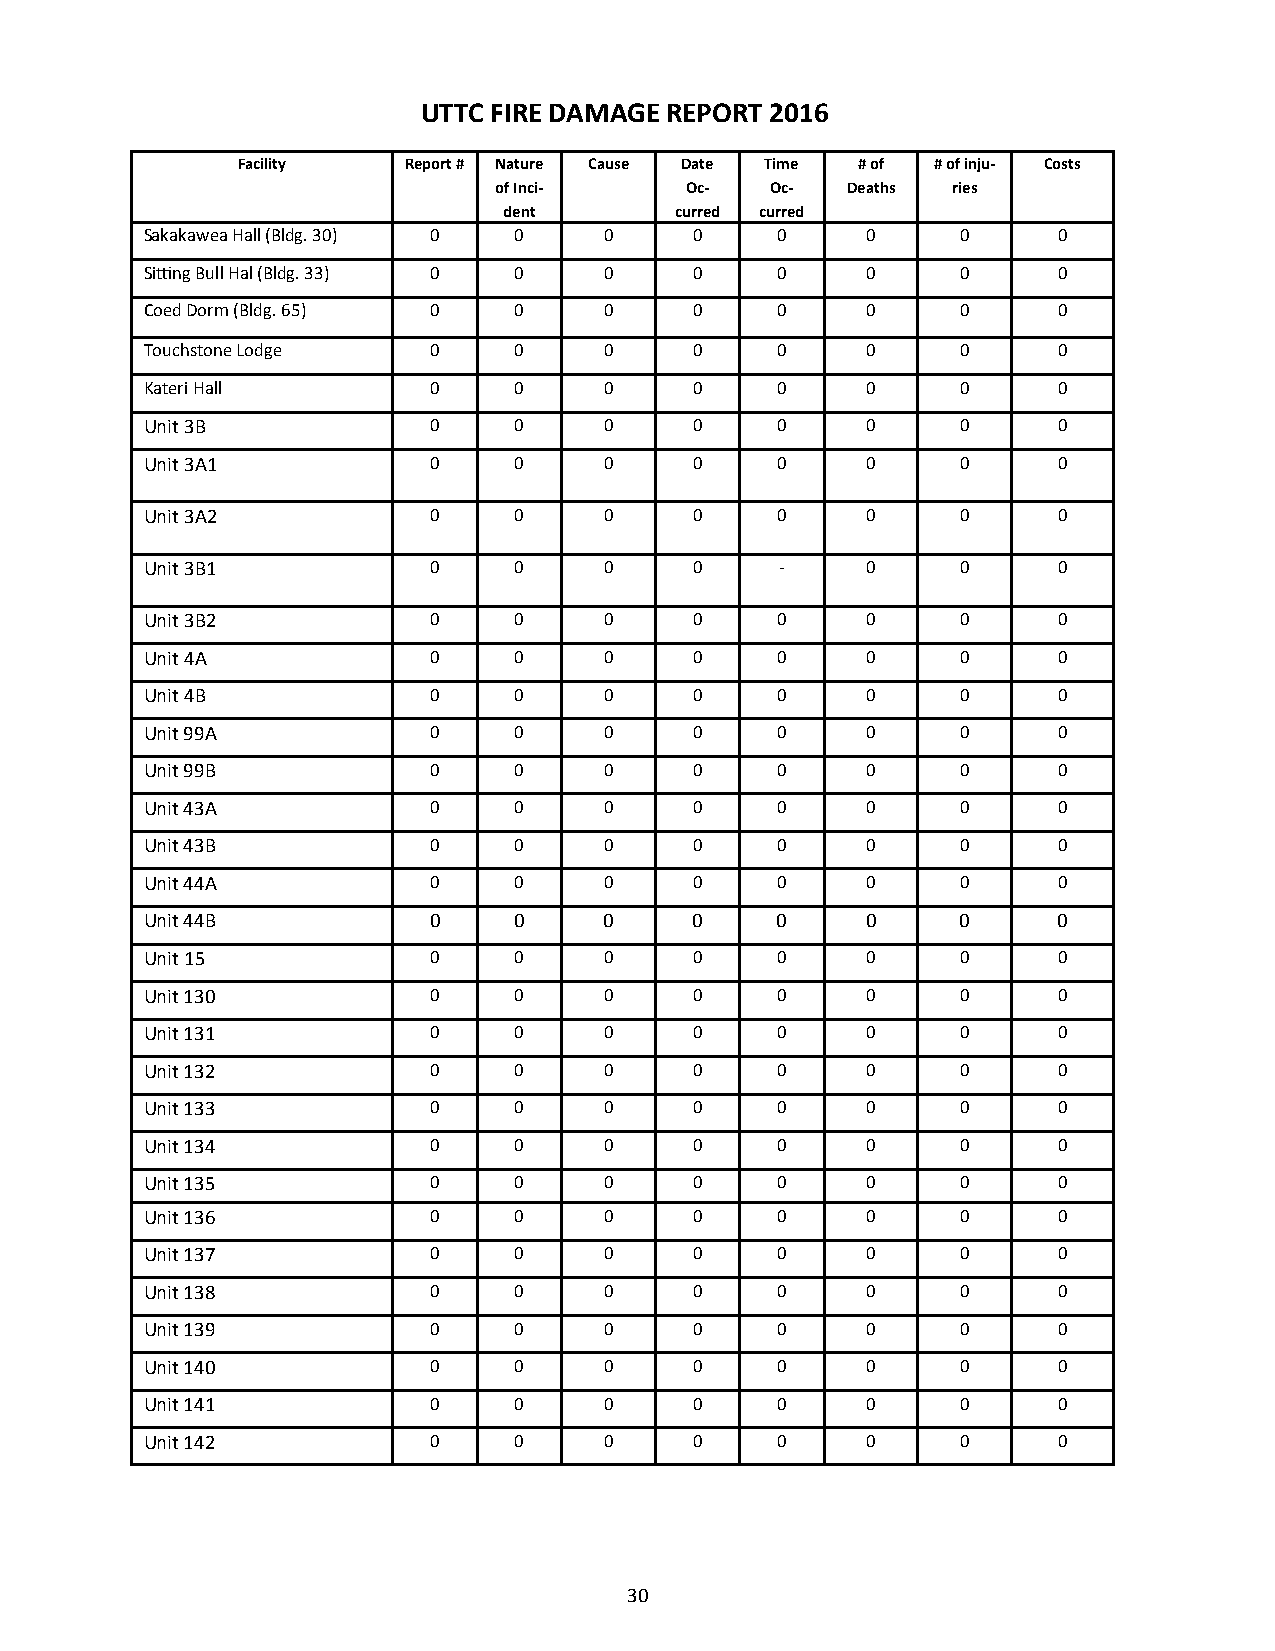
UTTC FIRE DAMAGE REPORT 2016
 Facility   Report # Nature Cause Date Time # of # of inju- Costs
 of Inci-    Oc-   Oc-  Deaths ries
 dent        curred curred
 Sakakawea Hall (Bldg. 30) 0 0 0     0    0     0      0     0
 Sitting Bull Hal (Bldg. 33) 0 0 0   0    0     0      0     0
 Coed Dorm (Bldg. 65) 0  0     0     0    0     0      0     0
 Touchstone Lodge  0     0     0     0    0     0      0     0
 Kateri Hall       0     0     0     0    0     0      0     0
 Unit 3B           0     0     0     0    0     0      0     0
 Unit 3A1          0     0     0     0    0     0      0     0
 Unit 3A2          0     0     0     0    0     0      0     0
 Unit 3B1          0     0     0     0     -    0      0     0
 Unit 3B2          0     0     0     0    0     0      0     0
 Unit 4A           0     0     0     0    0     0      0     0
 Unit 4B           0     0     0     0    0     0      0     0
 Unit 99A          0     0     0     0    0     0      0     0
 Unit 99B          0     0     0     0    0     0      0     0
 Unit 43A          0     0     0     0    0     0      0     0
 Unit 43B          0     0     0     0    0     0      0     0
 Unit 44A          0     0     0     0    0     0      0     0
 Unit 44B          0     0     0     0    0     0      0     0
 Unit 15           0     0     0     0    0     0      0     0
 Unit 130          0     0     0     0    0     0      0     0
 Unit 131          0     0     0     0    0     0      0     0
 Unit 132          0     0     0     0    0     0      0     0
 Unit 133          0     0     0     0    0     0      0     0
 Unit 134          0     0     0     0    0     0      0     0
 Unit 135          0     0     0     0    0     0      0     0
 Unit 136          0     0     0     0    0     0      0     0
 Unit 137          0     0     0     0    0     0      0     0
 Unit 138          0     0     0     0    0     0      0     0
 Unit 139          0     0     0     0    0     0      0     0
 Unit 140          0     0     0     0    0     0      0     0
 Unit 141          0     0     0     0    0     0      0     0
 Unit 142          0     0     0     0    0     0      0     0
 30